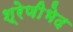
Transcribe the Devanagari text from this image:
श्रेणीभेद